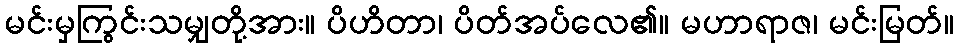
မင်းမှကြွင်းသမျှတို့အား။ ပိဟိတာ၊ ပိတ်အပ်လေ၏။ မဟာရာဇ၊ မင်းမြတ်။